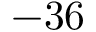
- 3 6